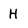
Character: H